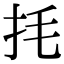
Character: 㧌